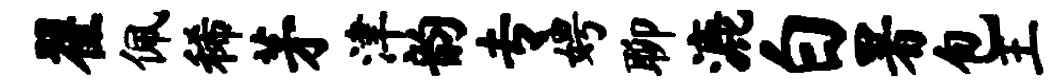
翟佩稀茅津韵专娉聊漉白署包王